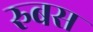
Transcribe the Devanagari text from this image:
रुबस